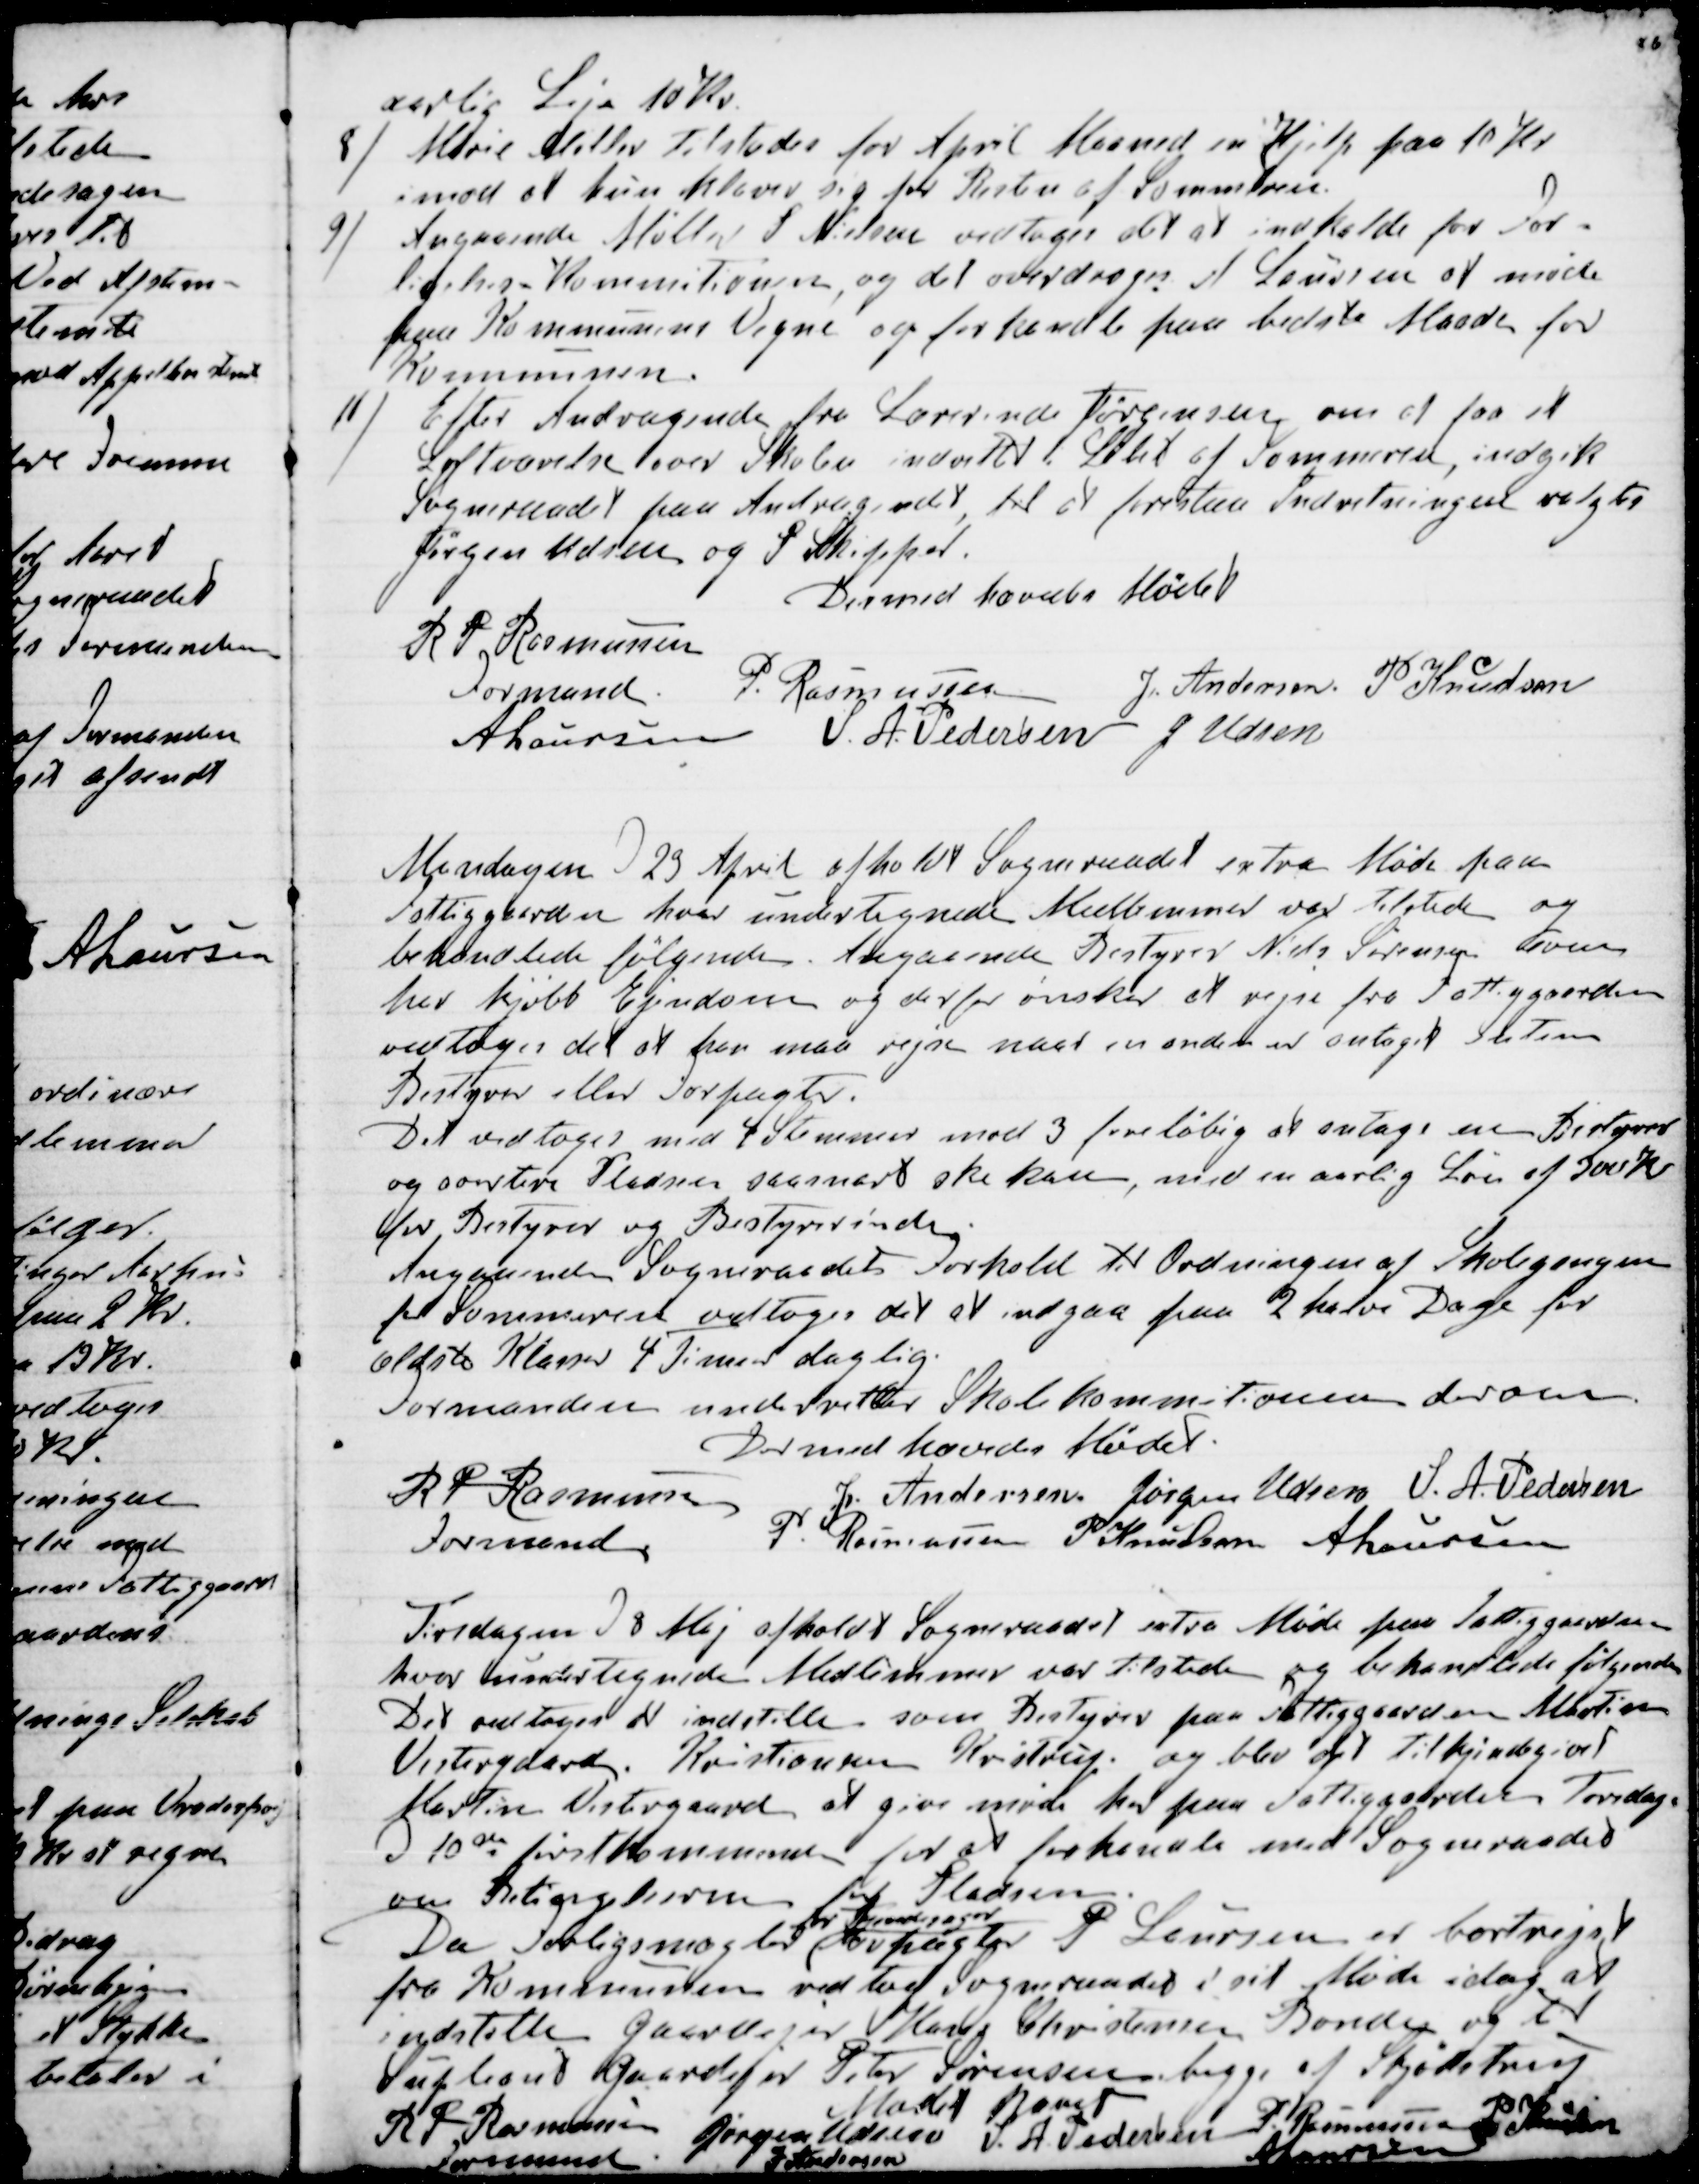
Transskription:
aarlig Leje 10 Kr.
8) Marie Møller tilstodes for April Maaned en Hjelp paa 10 Kr
imod at hun klarer sig for Resten af Sommeren.
9) Angaaende Møller S Nielsen vedtoges det at indkalde for For-
ligelses-Kommitionen, og det overdroges A Laursen at møde
paa Kommunens Vegne og forhandle paa bedste Maade for
Kommunen.
10) Efter Andragende fra Lærerinde Jørgensen om at faa et
Loftværelse over Skolen indrettet i Løbet af Sommeren, indgik
Sogneraadet paa Andragendet, til at forestaa Indretningen valgtes
Jørgen Udsen og P Skipper.
Dermed hævedes Mødet
R P Rasmussen
Formand
P. Rasmussen
J. Andersen.
P Knudsen
A Laursen
S. A. Pedersen
J Udsen

Mandagen d 23 April afholdt Sogneraadet extra Møde paa
Fattiggaarden hvor undertegnede Medlemmer var tilstede og
behandlede følgende. Angaaende Bestyrer Niels Sørensen som
har kjøbt Ejendom og derfor ønsker at rejse fra Fattiggaarden
vedtoges det at han maa rejse naar en anden er antaget enten
Bestyrer eller Forpagter.
Det vedtoges med 4 Stemmer mod 3 foreløbig at antage en Bestyrer
og avertere Pladsen saasnart ske kan, med en aarlig Løn af 300 Kr
for Bestyrer og Bestyrerinde.
Angaaende Sogneraadets Forhold til Ordningen af Skolegangen
for Sommeren vedtoges det at indgaa paa 2 halve Dage for
ældste Klasser 4 Timer daglig.
Formanden underretter Skolekommitionen derom.
Dermed hævedes Mødet.
R P Rasmussen
Formand.
J. Andersen
Jørgen Udsen
S. A. Pedersen
P. Rasmussen
P Knudsen
A Laursen

Tirsdagen d 8 Maj afholdt Sogneraadet extra Møde paa Fattiggaarden
hvor undertegnede Medlemmer var tilstede og behandlede følgende
Det vedtoges at indstille som Bestyrer paa Fattiggaarden Martin
Vestergaard Kristiansen Kristrup og blev det tilkjendegivet
Martin Vestergaard at give Møde her paa Fattiggaarden Torsdag
d 10de førstkommende for at forhandle med Sogneraadet
om Betingelserne for Pladsen.
Da Forligsmægler 
for Tyendesager
Forpagter P Laursen er bortrejst
fra Kommunen vedtog Sogneraadet i sit Møde idag at
indstille Gaardejer Hans Christensen Bonde og til
Supleand Gaardejer Peter Sørensen begge af Skjødstrup
Mødet hævet
R P Rasmussen
Formand
Jørgen Udsen
S. A. Pedersen
P Rasmussen
P Knudsen
J Andersen
A Laursen